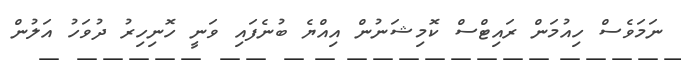
ނަމަވެސް ހިއުމަން ރައިޓްސް ކޮމިޝަނުން އިއްޔެ ބުނެފައި ވަނީ ހޮނިހިރު ދުވަހު އަލުން